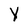
Character: Y